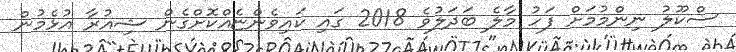
ސްކޫލު ނިންމުމަށް ފަހު މާލެ ބަދަލުވެ 2018 ގައި ކައިވެންޏެއްކޮށްގެން ޝިއުރާ އުޅެމުން